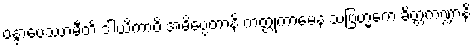
ဝန္ဒာပေဿာမီတိ ဒါယိကာပိ အဓိပ္ပေတာနိ ကတ္တုကာမေန သဗြဟ္မကေ ခိတ္တကဏ္ဍာနိ